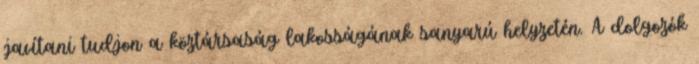
javítani tudjon a köztársaság lakosságának sanyarú helyzetén. A dolgozók